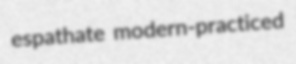
espathate modern-practiced